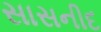
સાસનીદ